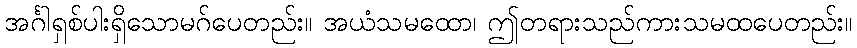
အင်္ဂါရှစ်ပါးရှိသောမဂ်ပေတည်း။ အယံသမထော၊ ဤတရားသည်ကားသမထပေတည်း။